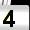
Digit: 4